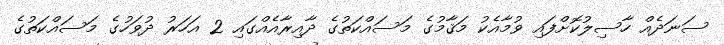
ސަނަދެއް ހާސިލުކޮށްފައި ވުމާއެކު މަޤާމުގެ މަސައްކަތުގެ ދާއިރާއެއްގައި 2 އަހަރު ދުވަހުގެ މަސައްކަތުގެ